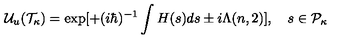
{ \cal U } _ { u } ( { \cal T } _ { \kappa } ) = \exp [ + ( i \hbar ) ^ { - 1 } \int H ( s ) d s \pm i \Lambda ( n , 2 ) ] , \quad s \in { \cal P } _ { \kappa }